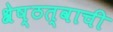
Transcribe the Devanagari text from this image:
श्रेष्ठत्वाची